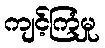
ကျင့်ကြံမှု